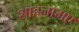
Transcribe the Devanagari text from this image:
शाहनामए